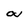
Character: a